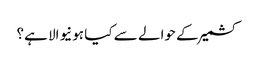
کشمیر کے حوالے سے کیا ہونیوالا ہے؟